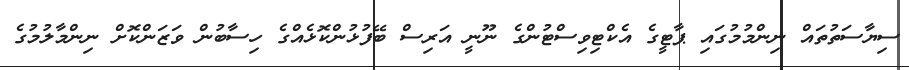
ސިޔާސަތުތައް ނިންމުމުގައި ޕާޓީގެ އެކްޓިވިސްޓުންގެ ނޫނީ އަރިސް ބޭފުޅުންކޮޅެއްގެ ހިސާބުން ވަޒަންކޮށް ނިންމާލުމުގެ